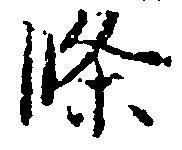
条